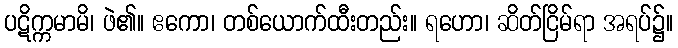
ပဋိက္ကမာမိ၊ ဖဲ၏။ ဧကော၊ တစ်ယောက်ထီးတည်း။ ရဟော၊ ဆိတ်ငြိမ်ရာ အရပ်၌။